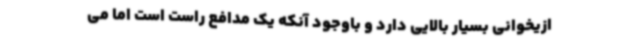
ازیخوانی بسیار بالایی دارد و باوجود آنکه یک مدافع راست است اما می